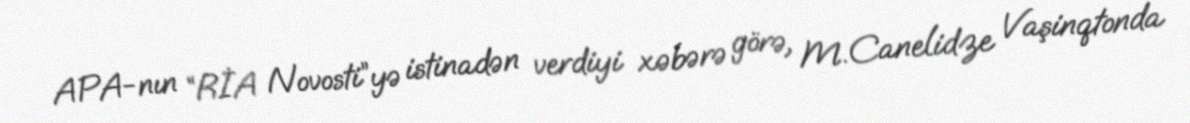
APA-nın “RİA Novosti”yə istinadən verdiyi xəbərə görə, M.Canelidze Vaşinqtonda